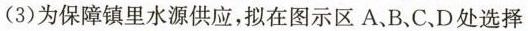
(3)为保障镇里水源供应，拟在图示区A、B、C、D处选择